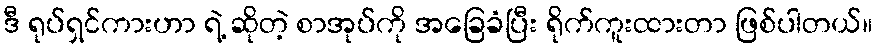
ဒီ ရုပ်ရှင်ကားဟာ ရဲ့ ဆိုတဲ့ စာအုပ်ကို အခြေခံပြီး ရိုက်ကူးထားတာ ဖြစ်ပါတယ်။